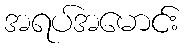
အရပ်အမောင်း